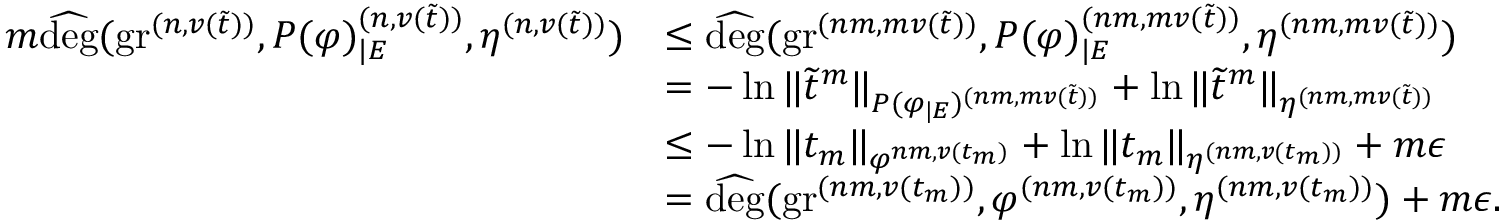
\begin{array} { r l } { m \widehat { \deg } ( \operatorname { g r } ^ { ( n , v ( \tilde { t } ) ) } , P ( \varphi ) _ { | E } ^ { ( n , v ( \tilde { t } ) ) } , \eta ^ { ( n , v ( \tilde { t } ) ) } ) } & { \leq \widehat { \deg } ( \operatorname { g r } ^ { ( n m , m v ( \tilde { t } ) ) } , P ( \varphi ) _ { | E } ^ { ( n m , m v ( \tilde { t } ) ) } , \eta ^ { ( n m , m v ( \tilde { t } ) ) } ) } \\ & { = - \ln \| \widetilde { t } ^ { m } \| _ { P ( \varphi _ { | E } ) ^ { ( n m , m v ( \tilde { t } ) ) } } + \ln \| \widetilde { t } ^ { m } \| _ { \eta ^ { ( n m , m v ( \tilde { t } ) ) } } } \\ & { \leq - \ln \| t _ { m } \| _ { \varphi ^ { n m , v ( t _ { m } ) } } + \ln \| t _ { m } \| _ { \eta ^ { ( n m , v ( t _ { m } ) ) } } + m \epsilon } \\ & { = \widehat { \deg } ( \operatorname { g r } ^ { ( n m , v ( t _ { m } ) ) } , \varphi ^ { ( n m , v ( t _ { m } ) ) } , \eta ^ { ( n m , v ( t _ { m } ) ) } ) + m \epsilon . } \end{array}